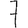
Digit: 7